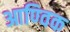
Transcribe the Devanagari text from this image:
आण्‍विक